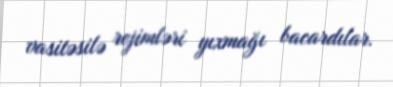
vasitəsilə rejimləri yıxmağı bacardılar.